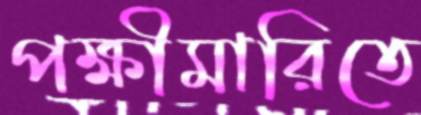
পক্ষীমারিতে